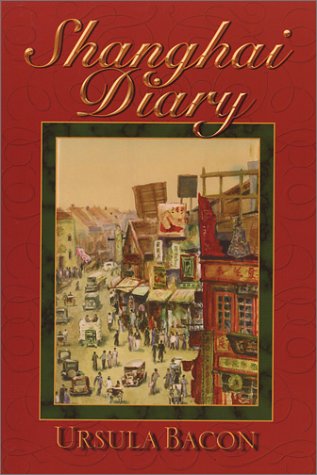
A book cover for Shanghai Diary; Ursula Bacon; Biographies & Memoirs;